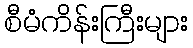
စီမံကိန်းကြီးများ